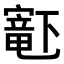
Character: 𫴋